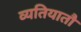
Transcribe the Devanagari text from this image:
व्यतियातौ